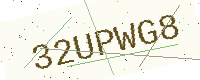
Text: 32UPWG8